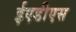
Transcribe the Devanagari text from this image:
ईएडीएस